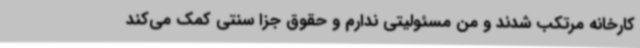
کارخانه مرتکب شدند و من مسئولیتی ندارم و حقوق جزا سنتی کمک می‌کند